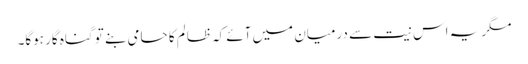
مگر یہ اس نیت سے درمیان میں آئے کہ ظالم کا حامی بنے تو گناہ گار ہوگا۔